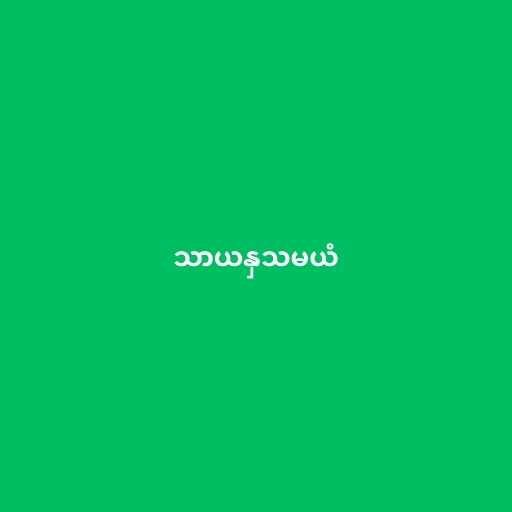
သာယနှသမယံ